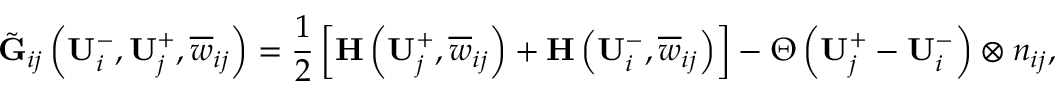
\tilde { \mathbf { G } } _ { i j } \left( \mathbf { U } _ { i } ^ { - } , \mathbf { U } _ { j } ^ { + } , \overline { { \boldsymbol { w } } } _ { i j } \right) = \frac { 1 } { 2 } \left[ \mathbf { H } \left( \mathbf { U } _ { j } ^ { + } , \overline { { \boldsymbol { w } } } _ { i j } \right) + \mathbf { H } \left( \mathbf { U } _ { i } ^ { - } , \overline { { \boldsymbol { w } } } _ { i j } \right) \right] - \boldsymbol { \Theta } \left( \mathbf { U } _ { j } ^ { + } - \mathbf { U } _ { i } ^ { - } \right) \otimes \boldsymbol { n } _ { i j } ,